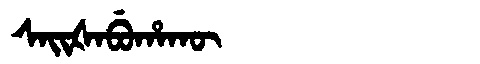
Manchu: ᠰᠠᡳᡧᠠᠪᡠᡥᠠᡴᡡ
Romanization: SAIŠABUHAKŪ